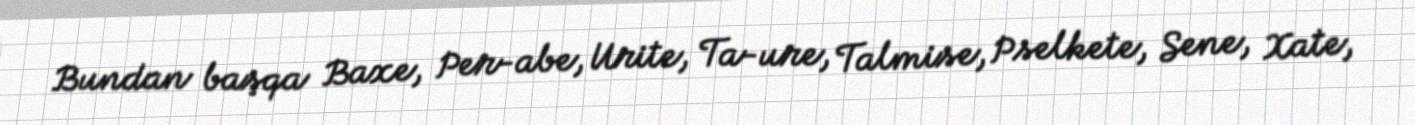
Bundan başqa Baxe, Per-abe, Urite, Ta-ure, Talmise, Pselkete, Sene, Xate,